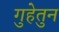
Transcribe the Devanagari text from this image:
गुहेतुन